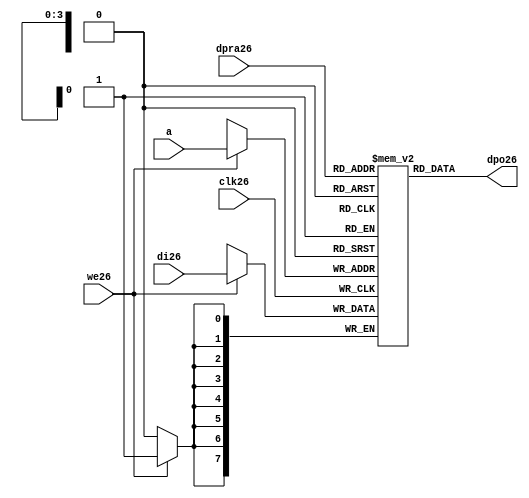
//////////////////////////////////////////////////////////////////////
////                                                              ////
////  raminfr26.v                                                   ////
////                                                              ////
////                                                              ////
////  This26 file is part of the "UART26 16550 compatible26" project26    ////
////  http26://www26.opencores26.org26/cores26/uart1655026/                   ////
////                                                              ////
////  Documentation26 related26 to this project26:                      ////
////  - http26://www26.opencores26.org26/cores26/uart1655026/                 ////
////                                                              ////
////  Projects26 compatibility26:                                     ////
////  - WISHBONE26                                                  ////
////  RS23226 Protocol26                                              ////
////  16550D uart26 (mostly26 supported)                              ////
////                                                              ////
////  Overview26 (main26 Features26):                                   ////
////  Inferrable26 Distributed26 RAM26 for FIFOs26                        ////
////                                                              ////
////  Known26 problems26 (limits26):                                    ////
////  None26                .                                       ////
////                                                              ////
////  To26 Do26:                                                      ////
////  Nothing so far26.                                             ////
////                                                              ////
////  Author26(s):                                                  ////
////      - gorban26@opencores26.org26                                  ////
////      - Jacob26 Gorban26                                          ////
////                                                              ////
////  Created26:        2002/07/22                                  ////
////  Last26 Updated26:   2002/07/22                                  ////
////                  (See log26 for the revision26 history26)          ////
////                                                              ////
////                                                              ////
//////////////////////////////////////////////////////////////////////
////                                                              ////
//// Copyright26 (C) 2000, 2001 Authors26                             ////
////                                                              ////
//// This26 source26 file may be used and distributed26 without         ////
//// restriction26 provided that this copyright26 statement26 is not    ////
//// removed from the file and that any derivative26 work26 contains26  ////
//// the original copyright26 notice26 and the associated disclaimer26. ////
////                                                              ////
//// This26 source26 file is free software26; you can redistribute26 it   ////
//// and/or modify it under the terms26 of the GNU26 Lesser26 General26   ////
//// Public26 License26 as published26 by the Free26 Software26 Foundation26; ////
//// either26 version26 2.1 of the License26, or (at your26 option) any   ////
//// later26 version26.                                               ////
////                                                              ////
//// This26 source26 is distributed26 in the hope26 that it will be       ////
//// useful26, but WITHOUT26 ANY26 WARRANTY26; without even26 the implied26   ////
//// warranty26 of MERCHANTABILITY26 or FITNESS26 FOR26 A PARTICULAR26      ////
//// PURPOSE26.  See the GNU26 Lesser26 General26 Public26 License26 for more ////
//// details26.                                                     ////
////                                                              ////
//// You should have received26 a copy of the GNU26 Lesser26 General26    ////
//// Public26 License26 along26 with this source26; if not, download26 it   ////
//// from http26://www26.opencores26.org26/lgpl26.shtml26                     ////
////                                                              ////
//////////////////////////////////////////////////////////////////////
//
// CVS26 Revision26 History26
//
// $Log: not supported by cvs2svn26 $
// Revision26 1.1  2002/07/22 23:02:23  gorban26
// Bug26 Fixes26:
//  * Possible26 loss of sync and bad26 reception26 of stop bit on slow26 baud26 rates26 fixed26.
//   Problem26 reported26 by Kenny26.Tung26.
//  * Bad (or lack26 of ) loopback26 handling26 fixed26. Reported26 by Cherry26 Withers26.
//
// Improvements26:
//  * Made26 FIFO's as general26 inferrable26 memory where possible26.
//  So26 on FPGA26 they should be inferred26 as RAM26 (Distributed26 RAM26 on Xilinx26).
//  This26 saves26 about26 1/3 of the Slice26 count and reduces26 P&R and synthesis26 times.
//
//  * Added26 optional26 baudrate26 output (baud_o26).
//  This26 is identical26 to BAUDOUT26* signal26 on 16550 chip26.
//  It outputs26 16xbit_clock_rate - the divided26 clock26.
//  It's disabled by default. Define26 UART_HAS_BAUDRATE_OUTPUT26 to use.
//

//Following26 is the Verilog26 code26 for a dual26-port RAM26 with asynchronous26 read. 
module raminfr26   
        (clk26, we26, a, dpra26, di26, dpo26); 

parameter addr_width26 = 4;
parameter data_width26 = 8;
parameter depth = 16;

input clk26;   
input we26;   
input  [addr_width26-1:0] a;   
input  [addr_width26-1:0] dpra26;   
input  [data_width26-1:0] di26;   
//output [data_width26-1:0] spo26;   
output [data_width26-1:0] dpo26;   
reg    [data_width26-1:0] ram26 [depth-1:0]; 

wire [data_width26-1:0] dpo26;
wire  [data_width26-1:0] di26;   
wire  [addr_width26-1:0] a;   
wire  [addr_width26-1:0] dpra26;   
 
  always @(posedge clk26) begin   
    if (we26)   
      ram26[a] <= di26;   
  end   
//  assign spo26 = ram26[a];   
  assign dpo26 = ram26[dpra26];   
endmodule